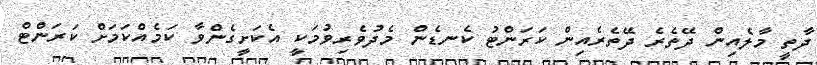
ދާތީ މާލެއިން ދޭތެރެ ދޭތެރެއިން ކަރަންޓު ކެނޑެން މެދުވެރިވުމަކީ އެކަށީގެންވާ ކަމެއްކަމަށް ކަރަންޓް